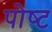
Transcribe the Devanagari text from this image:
पोष्‍ट